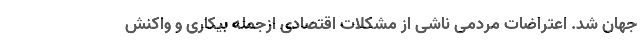
جهان شد. اعتراضات مردمی ناشی از مشکلات اقتصادی ازجمله بیکاری و واکنش